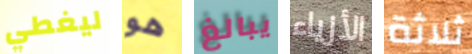
ليغطي هو يبالغ الأزياء ثلاثة